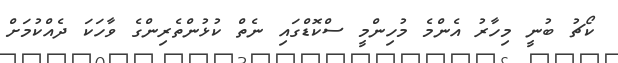
ކޯޗު ބުނީ މިހާރު އެންމެ މުހިންމީ ސްކޮޑްގައި ނެތް ކުޅުންތެރިންގެ ވާހަކަ ދެއްކުމަށް